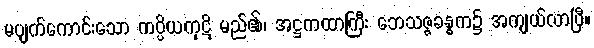
မပျက်ကောင်းသော ကပ္ပိယကုဋိ မည်၏၊ အဋ္ဌကထာကြီး ဘေသဇ္ဇခန္ဓက၌ အကျယ်လာပြီ။